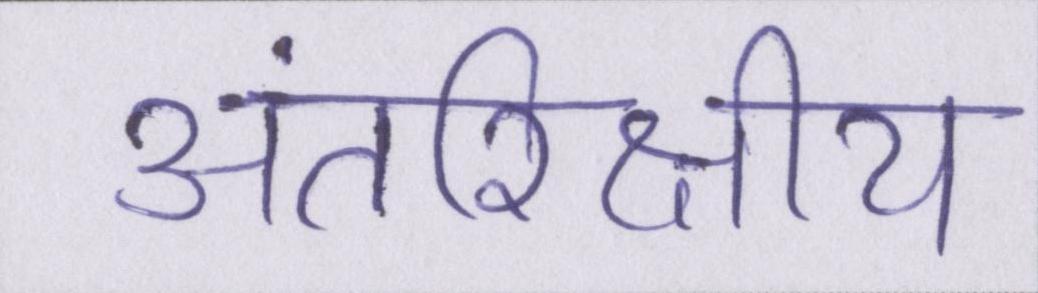
अंतरिक्षीय